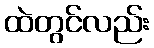
ထဲတွင်လည်း